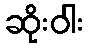
ဆိုးဝါး